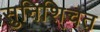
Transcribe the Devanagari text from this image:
सुनिशि्चत